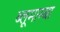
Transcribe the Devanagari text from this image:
ब्लूमाम्बा